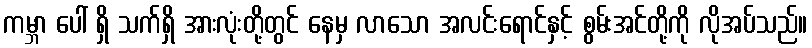
ကမ္ဘာ ပေါ် ရှိ သက်ရှိ အားလုံးတို့တွင် နေမှ လာသော အလင်းရောင်နှင့် စွမ်းအင်တို့ကို လိုအပ်သည်။